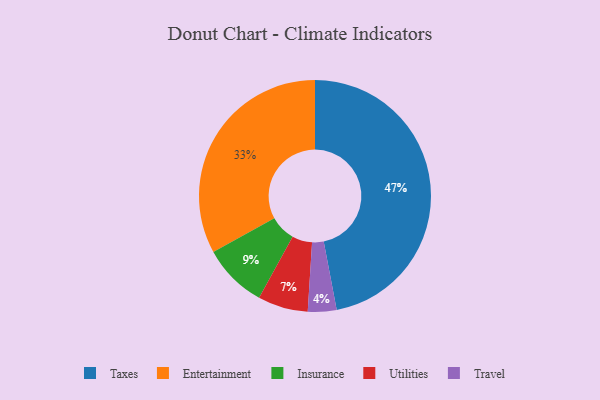
{"axis": {"x": "Category", "y": "Percentage"}, "legend": ["Entertainment", "Insurance", "Taxes", "Travel", "Utilities"], "data": [{"x": "Taxes", "y": 47, "type": "Taxes"}, {"x": "Travel", "y": 4, "type": "Travel"}, {"x": "Entertainment", "y": 33, "type": "Entertainment"}, {"x": "Insurance", "y": 9, "type": "Insurance"}, {"x": "Utilities", "y": 7, "type": "Utilities"}]}